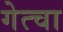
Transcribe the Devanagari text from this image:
गेत्चा